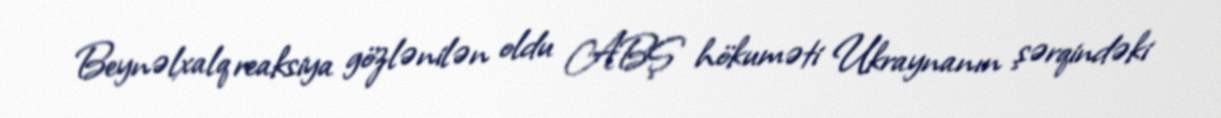
Beynəlxalq reaksiya gözlənilən oldu ABŞ hökuməti Ukraynanın şərqindəki